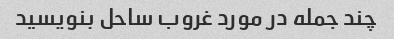
چند جمله در مورد غروب ساحل بنویسید